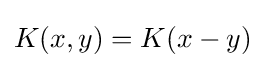
K(x,y)=K(x-y)